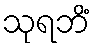
သုရဘိံ